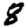
Digit: 8